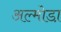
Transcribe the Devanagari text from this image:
अल्मोडा़